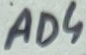
Text: AD3